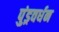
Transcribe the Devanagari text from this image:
पुंड्रवर्धन